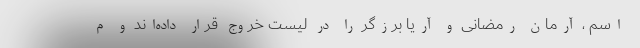
اسم ، آرمان رمضانی و آریا برزگر را در لیست خروج قرار داده‌اند و م